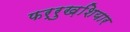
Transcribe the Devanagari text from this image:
फर्रुख़शियार